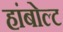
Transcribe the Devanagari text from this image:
हांबोल्ट